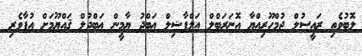
ލޮބުވެތި ރައީސުލް ޖުމްހޫރިއްޔާ އޮނަރަބްލް އަލްފާޟިލް ޢަބްދު ޔާމީން ޢަބްދުލް ޤައްޔޫމަށް އުފާވެރި